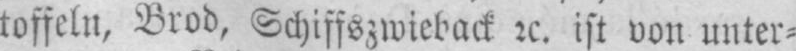
toffeln, Brod, Schiffszwieback etc. ist von unter⸗